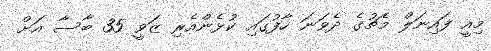
މިއީ ފައިނަލް މެޗުގެ ދެވަނަ ހާފުގައި ކުޅެންއެރި ޒަވީ 35 ބާސާ އަށް